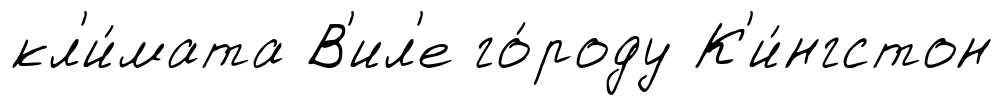
кл'и́мата В'ил'е го́роду К'и́нгстон